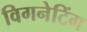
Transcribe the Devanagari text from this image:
विगनेटिंग